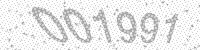
Solution: 001991